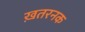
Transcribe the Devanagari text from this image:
ख़तरनक